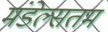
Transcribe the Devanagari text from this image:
मंडेल्सतम